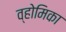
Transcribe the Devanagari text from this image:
व्होमिका